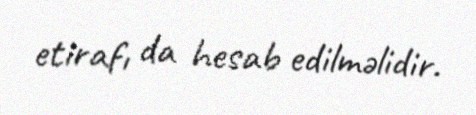
etirafı da hesab edilməlidir.